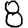
Digit: 8